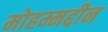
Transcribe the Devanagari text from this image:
मोहम्मद्दीन